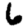
Digit: 6